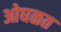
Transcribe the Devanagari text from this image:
ओघळत